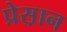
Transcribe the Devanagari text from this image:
प्रेस़ान